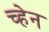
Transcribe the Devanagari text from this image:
च्हेन